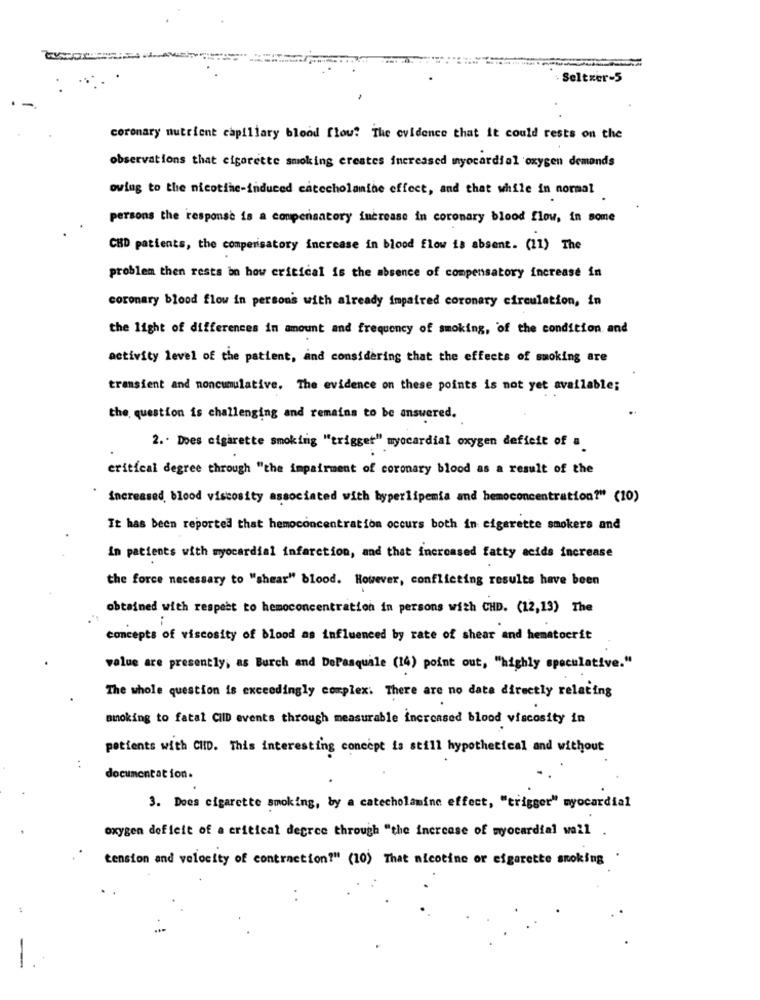
=
. Seltzer-5
coronary nutrient capillary blood flow: The evidence that it could rests on the
observations that cigarette smoking creates increased myocardial oxygen demands
owing to the nicotine-induced catecholamine effect, and that while in normal
persons the response is a compensatory increase in coronary blood flow, in some
CHD patients, the compensatory increase in blood flow is absent. (11) The
problem then rests on how critical is the absence of compensatory increase in
coronary blood flow in persons with already impaired coronary circulation, in
the light of differences in amount and frequency of smoking, of the condition and
activity level of the patient, and considering that the effects of smoking are
transient and noncumulative. The evidence on these points is not yet available;
the question is challenging and remains to be answered.
2 .. Does cigarette smoking "trigget" myocardial oxygen deficit of a
critical degree through "the impairment of coronary blood as a result of the
increased, blood viscosity associated with hyperlipemia and hemoconcentration?" (10)
It has been reported that hemoconcentration occurs both in cigarette smokers and
in patients with myocardial infarction, and that increased fatty acids increase
the force necessary to "shear" blood. However, conflicting results have been
obtained with respect to hemoconcentration in persons with CHD. (12,13) The
concepts of viscosity of blood as influenced by rate of shear and hematocrit
value are presently, as Burch and DePasquale (14) point out, "highly speculative."
The whole question is exceedingly complex. There are no data directly relating
smoking to fatal CIID events through measurable increased blood viscosity in
patients with CHID. This interesting concept is still hypothetical and without
. .
documentation.
3. Does cigarette smoking, by a catecholamine effect, "trigger" myocardial
oxygen deficit of a critical degree through "the increase of myocardial wall .
tension and velocity of contraction?" (10) That nicotine or efgarette smoking .
..